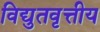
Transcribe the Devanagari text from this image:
विद्युतवृत्तीय